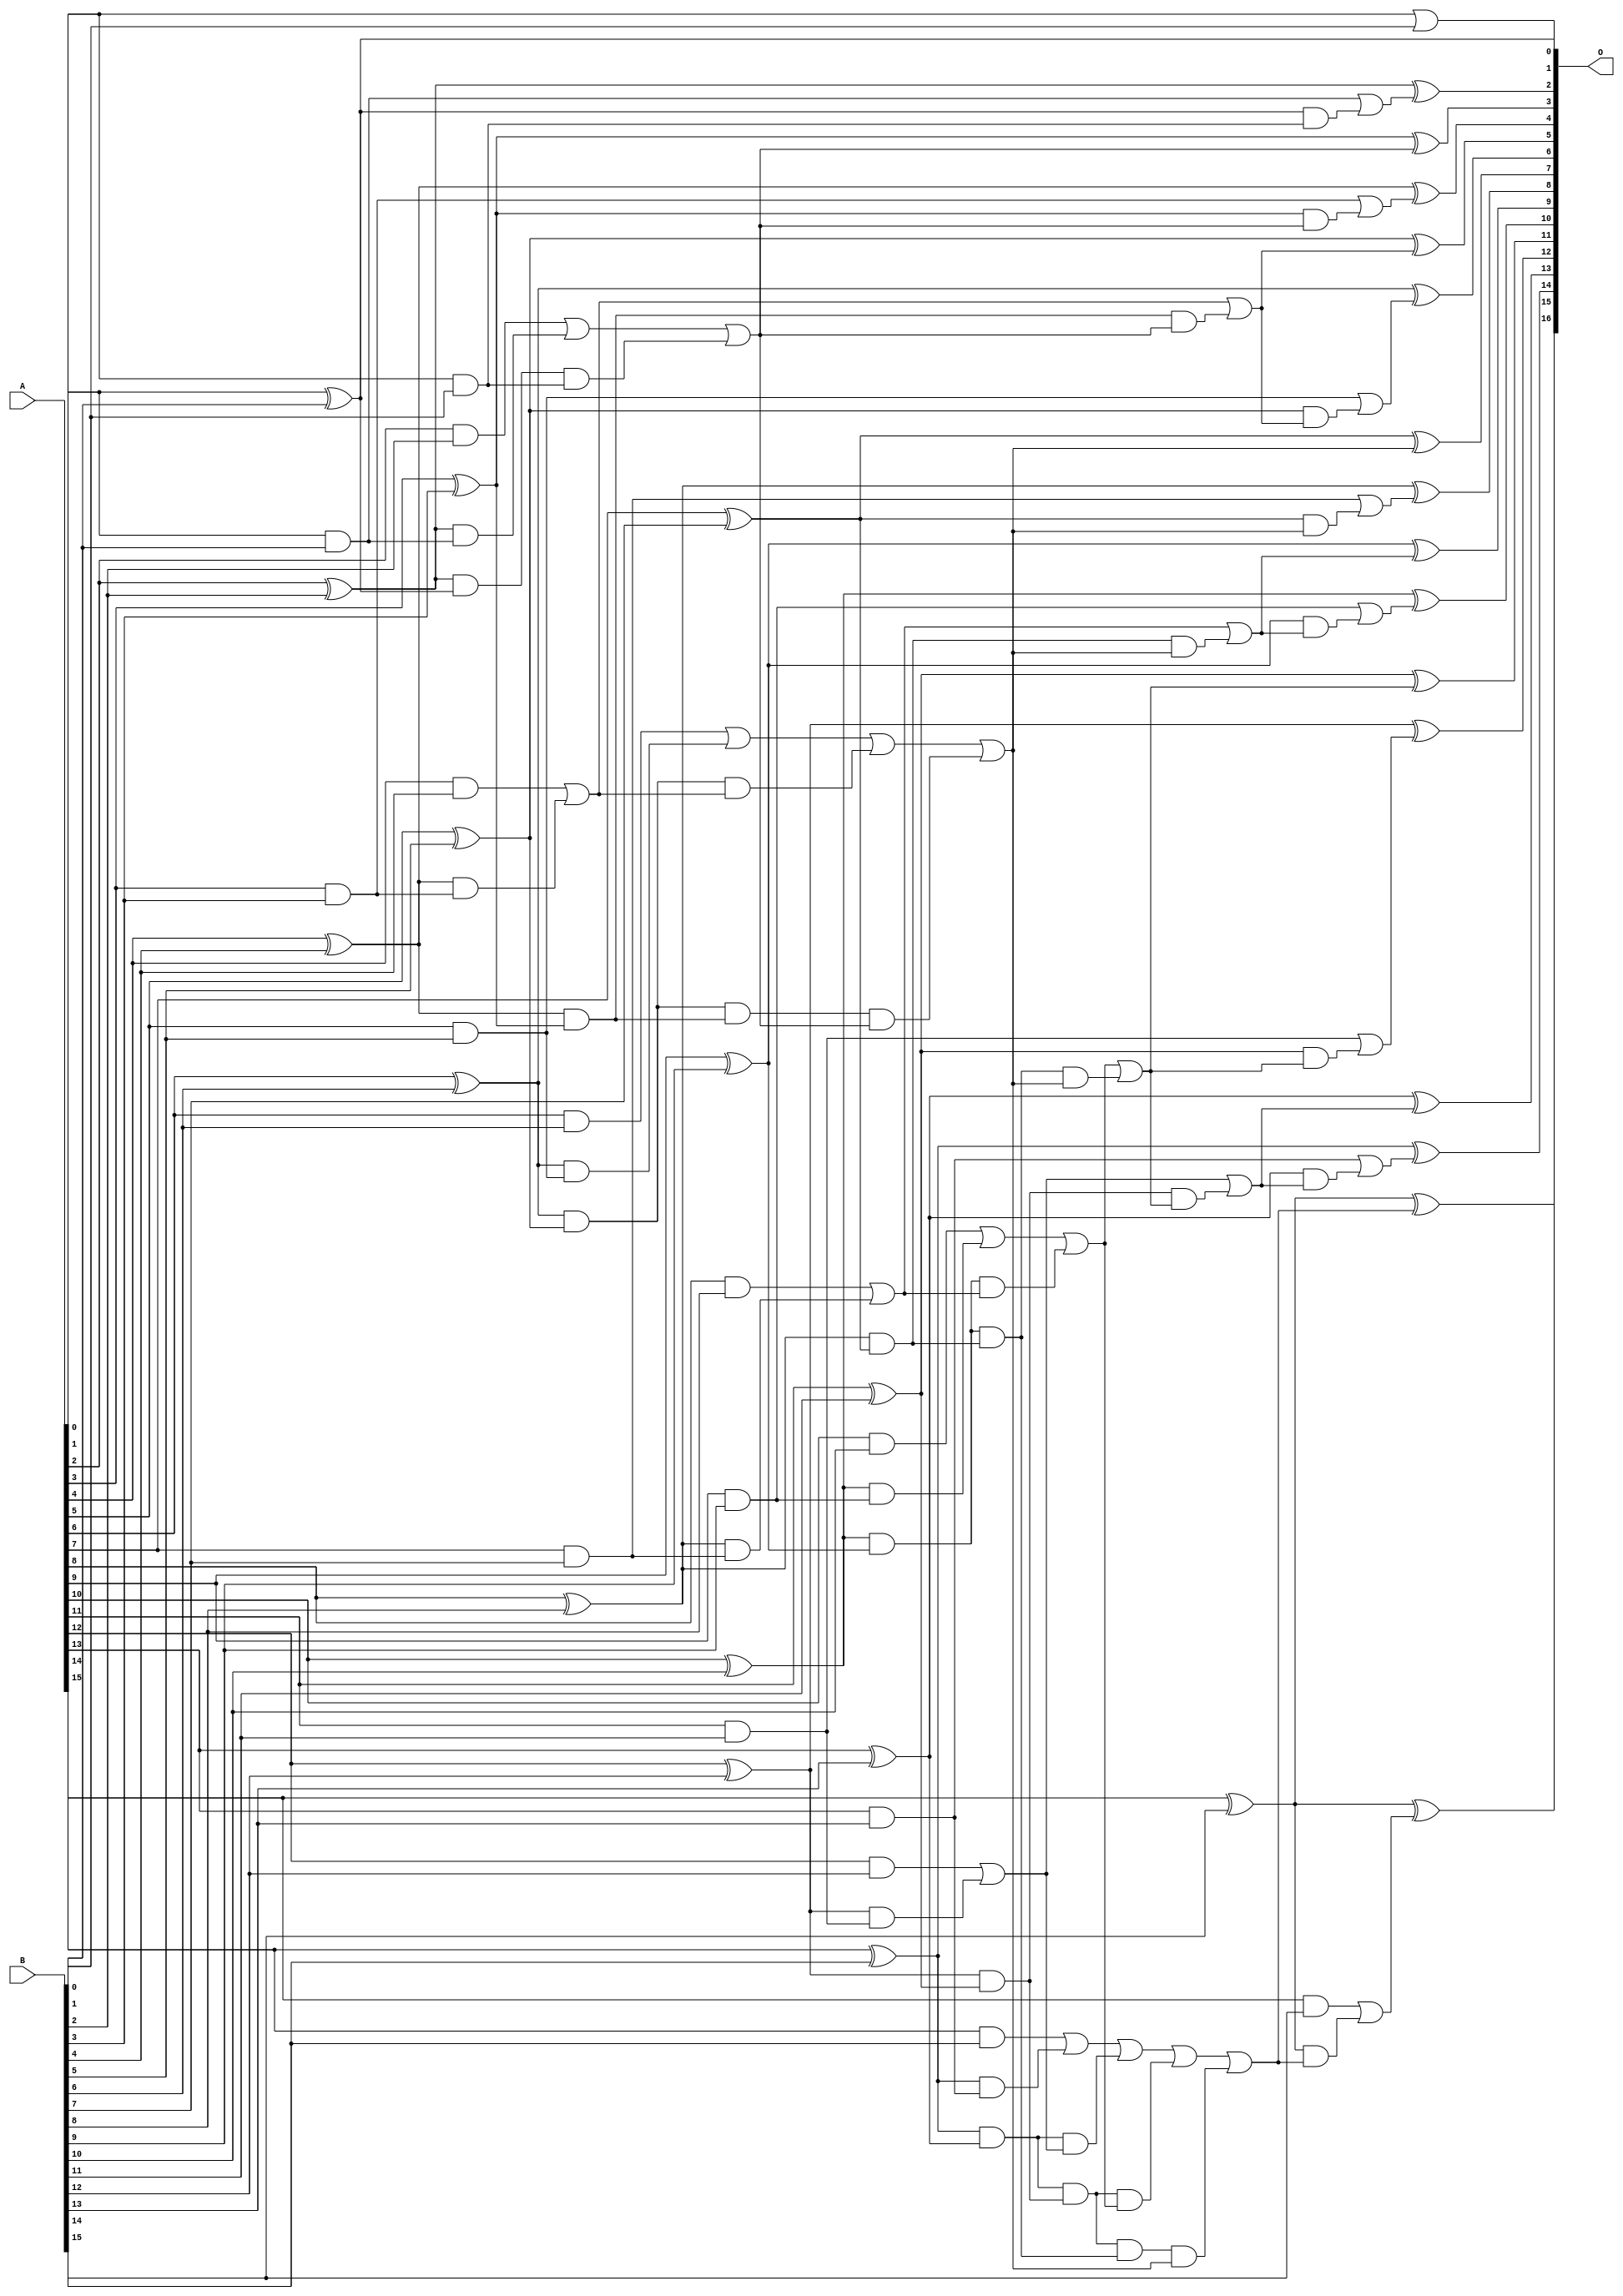
// This program was cloned from: https://github.com/ehw-fit/evoapproxlib
// License: MIT License

/***
* This code is a part of EvoApproxLib library (ehw.fit.vutbr.cz/approxlib) distributed under The MIT License.
* When used, please cite the following article(s): V. Mrazek, L. Sekanina, Z. Vasicek "Libraries of Approximate Circuits: Automated Design and Application in CNN Accelerators" IEEE Journal on Emerging and Selected Topics in Circuits and Systems, Vol 10, No 4, 2020 
* This file contains a circuit from a sub-set of pareto optimal circuits with respect to the pwr and ep parameters
***/
// MAE% = 0.00076 %
// MAE = 0.5 
// WCE% = 0.0046 %
// WCE = 3.0 
// WCRE% = 75.00 %
// EP% = 25.00 %
// MRE% = 0.015 %
// MSE = 1.2 
// PDK45_PWR = 0.072 mW
// PDK45_AREA = 148.3 um2
// PDK45_DELAY = 1.33 ns

module add16se_2H0 (
    A,
    B,
    O
);

input [15:0] A;
input [15:0] B;
output [16:0] O;

wire sig_32,sig_33,sig_34,sig_35,sig_36,sig_37,sig_38,sig_39,sig_40,sig_41,sig_42,sig_43,sig_44,sig_45,sig_46,sig_47,sig_48,sig_49,sig_50,sig_51;
wire sig_52,sig_53,sig_54,sig_55,sig_56,sig_57,sig_58,sig_59,sig_60,sig_61,sig_62,sig_63,sig_64,sig_65,sig_66,sig_67,sig_68,sig_69,sig_70,sig_71;
wire sig_72,sig_73,sig_74,sig_75,sig_76,sig_77,sig_78,sig_79,sig_80,sig_81,sig_82,sig_83,sig_84,sig_85,sig_86,sig_87,sig_88,sig_89,sig_90,sig_91;
wire sig_92,sig_93,sig_94,sig_95,sig_96,sig_97,sig_98,sig_99,sig_100,sig_101,sig_102,sig_103,sig_104,sig_105,sig_106,sig_107,sig_108,sig_109,sig_110,sig_111;
wire sig_112,sig_113,sig_114,sig_115,sig_116,sig_117,sig_118,sig_119,sig_120,sig_121,sig_122,sig_123,sig_124,sig_125,sig_126,sig_127,sig_129,sig_130,sig_131,sig_132;
wire sig_133,sig_134,sig_135,sig_136,sig_137,sig_138,sig_139,sig_140,sig_141,sig_142,sig_143;

assign sig_32 = A[0] & B[0];
assign sig_33 = A[0] | B[0];
assign sig_34 = A[1] & B[1];
assign sig_35 = A[1] ^ B[1];
assign sig_36 = A[2] & B[2];
assign sig_37 = A[2] ^ B[2];
assign sig_38 = A[3] & B[3];
assign sig_39 = A[3] ^ B[3];
assign sig_40 = A[4] & B[4];
assign sig_41 = A[4] ^ B[4];
assign sig_42 = A[5] & B[5];
assign sig_43 = A[5] ^ B[5];
assign sig_44 = A[6] & B[6];
assign sig_45 = A[6] ^ B[6];
assign sig_46 = A[7] & B[7];
assign sig_47 = A[7] ^ B[7];
assign sig_48 = A[8] & B[8];
assign sig_49 = A[8] ^ B[8];
assign sig_50 = A[9] & B[9];
assign sig_51 = A[9] ^ B[9];
assign sig_52 = A[10] & B[10];
assign sig_53 = A[10] ^ B[10];
assign sig_54 = A[11] & B[11];
assign sig_55 = A[11] ^ B[11];
assign sig_56 = A[12] & B[12];
assign sig_57 = A[12] ^ B[12];
assign sig_58 = A[13] & B[13];
assign sig_59 = A[13] ^ B[13];
assign sig_60 = A[14] & B[14];
assign sig_61 = A[14] ^ B[14];
assign sig_62 = A[15] & B[15];
assign sig_63 = A[15] ^ B[15];
assign sig_64 = A[15] ^ B[15];
assign sig_65 = sig_37 & sig_34;
assign sig_66 = sig_37 & sig_35;
assign sig_67 = sig_36 | sig_65;
assign sig_68 = sig_41 & sig_38;
assign sig_69 = sig_41 & sig_39;
assign sig_70 = sig_40 | sig_68;
assign sig_71 = sig_45 & sig_42;
assign sig_72 = sig_45 & sig_43;
assign sig_73 = sig_44 | sig_71;
assign sig_74 = sig_49 & sig_46;
assign sig_75 = sig_49 & sig_47;
assign sig_76 = sig_48 | sig_74;
assign sig_77 = sig_53 & sig_50;
assign sig_78 = sig_53 & sig_51;
assign sig_79 = sig_52 | sig_77;
assign sig_80 = sig_57 & sig_54;
assign sig_81 = sig_57 & sig_55;
assign sig_82 = sig_56 | sig_80;
assign sig_83 = sig_61 & sig_58;
assign sig_84 = sig_61 & sig_59;
assign sig_85 = sig_60 | sig_83;
assign sig_86 = sig_66 & sig_32;
assign sig_87 = sig_67 | sig_86;
assign sig_88 = sig_72 & sig_70;
assign sig_89 = sig_72 & sig_69;
assign sig_90 = sig_73 | sig_88;
assign sig_91 = sig_78 & sig_76;
assign sig_92 = sig_78 & sig_75;
assign sig_93 = sig_79 | sig_91;
assign sig_94 = sig_84 & sig_82;
assign sig_95 = sig_84 & sig_81;
assign sig_96 = sig_85 | sig_94;
assign sig_97 = sig_89 & sig_87;
assign sig_98 = sig_90 | sig_97;
assign sig_99 = sig_95 & sig_93;
assign sig_100 = sig_95 & sig_92;
assign sig_101 = sig_96 | sig_99;
assign sig_102 = sig_100 & sig_98;
assign sig_103 = sig_101 | sig_102;
assign sig_104 = sig_92 & sig_98;
assign sig_105 = sig_93 | sig_104;
assign sig_106 = sig_69 & sig_87;
assign sig_107 = sig_70 | sig_106;
assign sig_108 = sig_75 & sig_98;
assign sig_109 = sig_76 | sig_108;
assign sig_110 = sig_81 & sig_105;
assign sig_111 = sig_82 | sig_110;
assign sig_112 = sig_35 & sig_32;
assign sig_113 = sig_34 | sig_112;
assign sig_114 = sig_39 & sig_87;
assign sig_115 = sig_38 | sig_114;
assign sig_116 = sig_43 & sig_107;
assign sig_117 = sig_42 | sig_116;
assign sig_118 = sig_47 & sig_98;
assign sig_119 = sig_46 | sig_118;
assign sig_120 = sig_51 & sig_109;
assign sig_121 = sig_50 | sig_120;
assign sig_122 = sig_55 & sig_105;
assign sig_123 = sig_54 | sig_122;
assign sig_124 = sig_59 & sig_111;
assign sig_125 = sig_58 | sig_124;
assign sig_126 = sig_63 & sig_103;
assign sig_127 = sig_62 | sig_126;
assign sig_129 = sig_37 ^ sig_113;
assign sig_130 = sig_39 ^ sig_87;
assign sig_131 = sig_41 ^ sig_115;
assign sig_132 = sig_43 ^ sig_107;
assign sig_133 = sig_45 ^ sig_117;
assign sig_134 = sig_47 ^ sig_98;
assign sig_135 = sig_49 ^ sig_119;
assign sig_136 = sig_51 ^ sig_109;
assign sig_137 = sig_53 ^ sig_121;
assign sig_138 = sig_55 ^ sig_105;
assign sig_139 = sig_57 ^ sig_123;
assign sig_140 = sig_59 ^ sig_111;
assign sig_141 = sig_61 ^ sig_125;
assign sig_142 = sig_63 ^ sig_103;
assign sig_143 = sig_64 ^ sig_127;

assign O[16] = sig_143;
assign O[15] = sig_142;
assign O[14] = sig_141;
assign O[13] = sig_140;
assign O[12] = sig_139;
assign O[11] = sig_138;
assign O[10] = sig_137;
assign O[9] = sig_136;
assign O[8] = sig_135;
assign O[7] = sig_134;
assign O[6] = sig_133;
assign O[5] = sig_132;
assign O[4] = sig_131;
assign O[3] = sig_130;
assign O[2] = sig_129;
assign O[1] = sig_35;
assign O[0] = sig_33;

endmodule